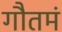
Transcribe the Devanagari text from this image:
गौतमं